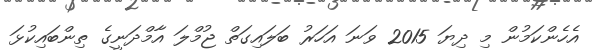
އެހެންކަމުން މި ދިޔަ 2015 ވަނަ އަހަރު ބަލައިގަތް ޖުމްލަ އާމްދަނީގެ ތިންބައިކުޅަ